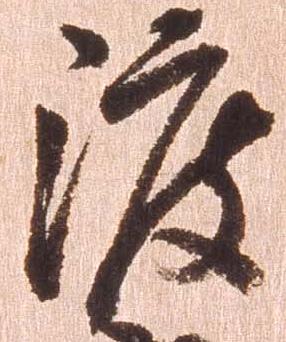
渡